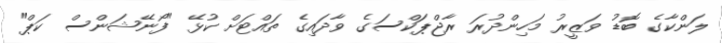
ލަންކާގެ ބޮޑު ވަޒީރު މަހިންދުރަ ރާޖްޕަކްސަގެ ވާދައިގެ ތައްޓަށް ކުޅޭ "ފޯނޭޝަންސް ކަޕް"